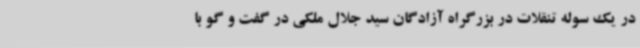
در یک سوله تنقلات در بزرگراه آزادگان سید جلال ملکی در گفت و گو با